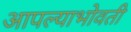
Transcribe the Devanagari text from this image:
आपल्याभोवती